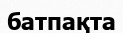
батпақта